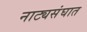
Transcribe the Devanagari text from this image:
नाट्यसंघात